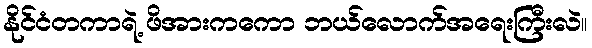
နိုင်ငံတကာရဲ့ ဖိအားကကော ဘယ်လောက်အရေးကြီးလဲ။